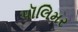
પૉલિમર